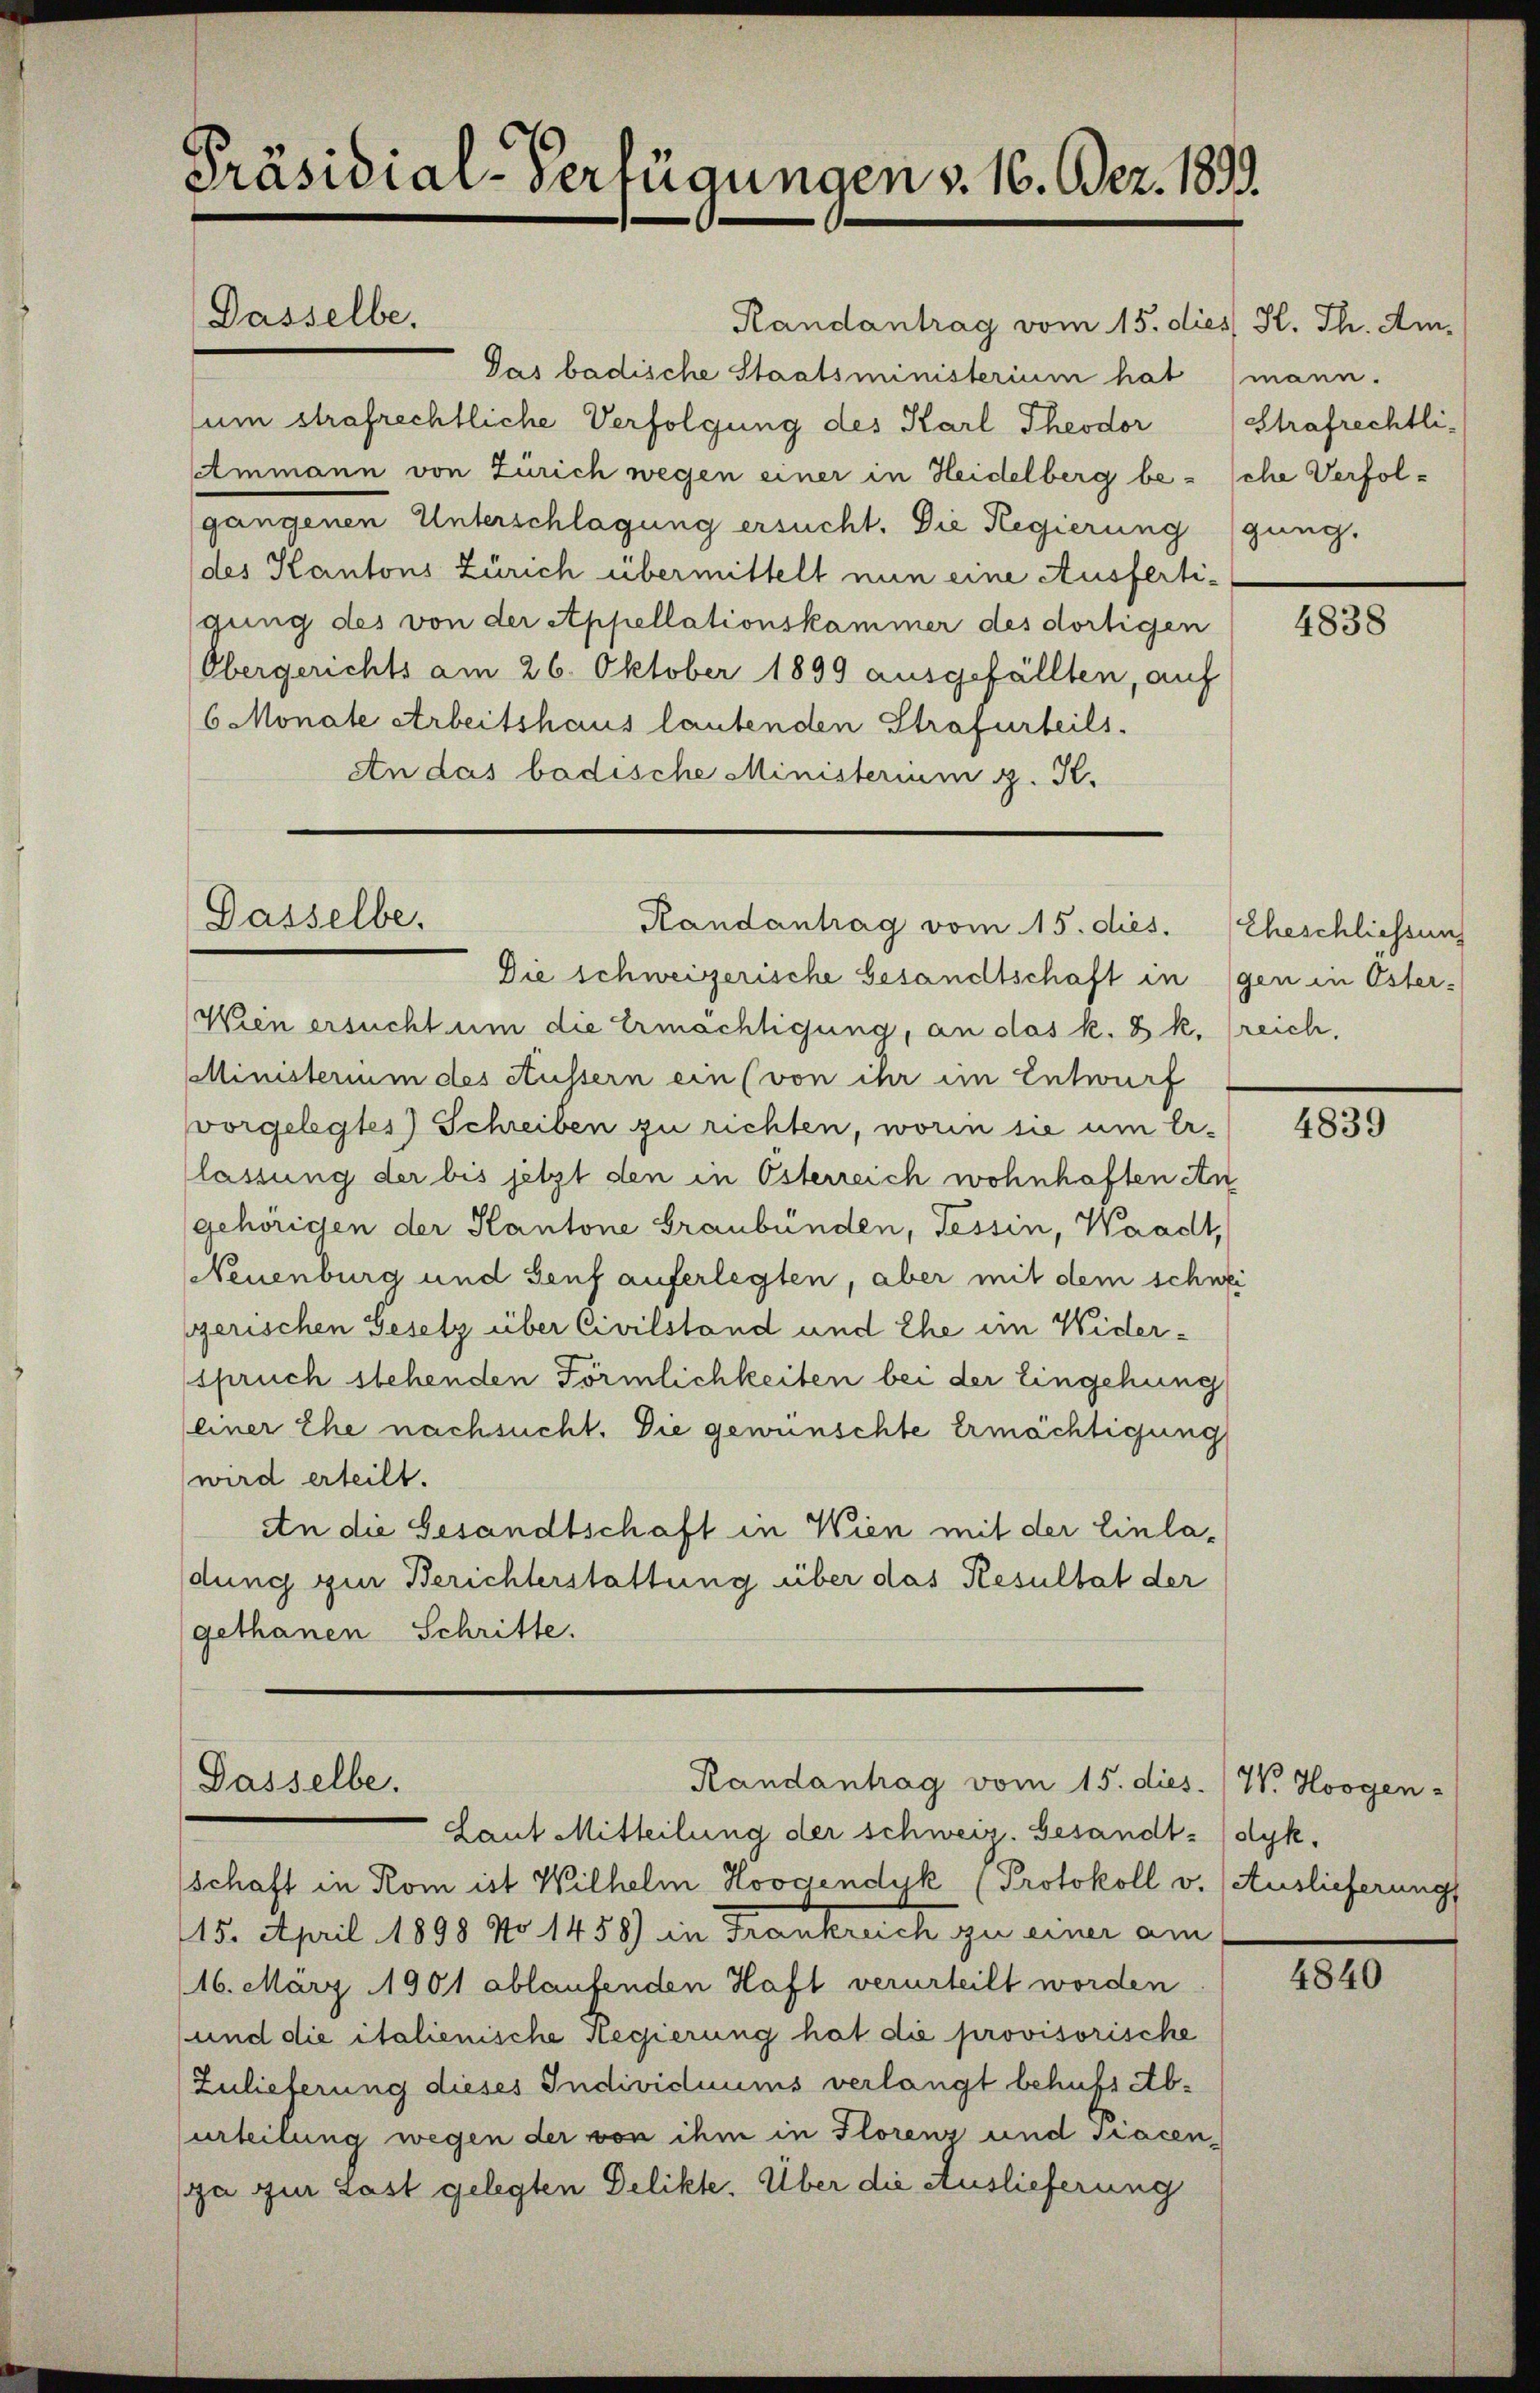
Präsidial-Verfügungen v. 16. Dez. 1899.

Randantrag vom 15. dies K. Th. Am
Pas badische Staatsministerium hat (mann.
sum strafrechtliche Verfolgung des Karl Theodor (Strafrechtli-
Ammann von Zürich wegen einer in Heidelberg besche Verfolgangenen Unterschlagung ersucht. Die Regierung (gung.
des Kantons Zürich übermittelt nun eine Ausfertigung des von der Appellationskammer des dortigen
Obergerichts am 26. Oktober 1899 ausgefällten, auf
6 Monate Arbeitshaus lautenden Strafurteils.
An das badische Ministerium g. K.

Dasselbe.

Dasselbe.
Randantrag vom 15. dies.

Randantrag vom 15. dies. W. Horgen-
Gasselbe.

Laut Mitteilung der schweiz. Gesandt-(dyk,
schaft in Rom ist Wilhelm Horgendyk (Protokoll v. (Auslieferung
115. April 1898 No 1458) in Frankreich zu einer am
16. März 1901 ablaufenden Haft verurteilt worden
und die italienische Regierung hat die provisorische
(Zulieferung dieses Individuums verlangt behufs Aburteilung wegen der von ihm in Florenz und Tiacen-
ga zur Last gelegten Delikte. Über die Auslieferung

Die schweizerische Gesandtschaft in (gen in Öster-
Wien ersucht um die Ermächtigung, an das k. k. reich,
Ministerium des Aussern ein (von ihr im Entwurf
vorgelegtes) Schreiben zu richten, worin sie um Erlassung der bis jetzt den in Österreich wohnhaften An
gehörigen der Kantone Graubünden, Tessin, Waadt,
Neuenburg und Genf auferlegten, aber mit dem schwei
gerischen Gesetz über Civilstand und Ehe im Widerspruch stehenden Förmlichkeiten bei der Eingehung
(einer Ehe nachsucht. Die gewünschte Ermächtigung
wird erteilt.
An die Gesandtschaft in Wien mit der Einladung zur Berichterstattung über das Resultat der
gethanen Schritte.

4838

Eheschliessung

4839

4840